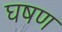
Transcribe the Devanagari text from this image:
घषण